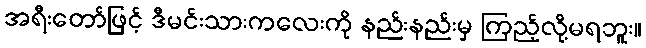
အရီးတော်ဖြင့် ဒီမင်းသားကလေးကို နည်းနည်းမှ ကြည့်လို့မရဘူး။